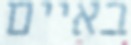
באיים